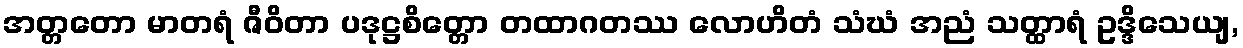
အတ္တတော မာတရံ ဇီဝိတာ ပဒုဋ္ဌစိတ္တော တထာဂတဿ လောဟိတံ သံဃံ အညံ သတ္ထာရံ ဥဒ္ဒိသေယျ,